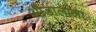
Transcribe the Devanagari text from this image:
औडालाला